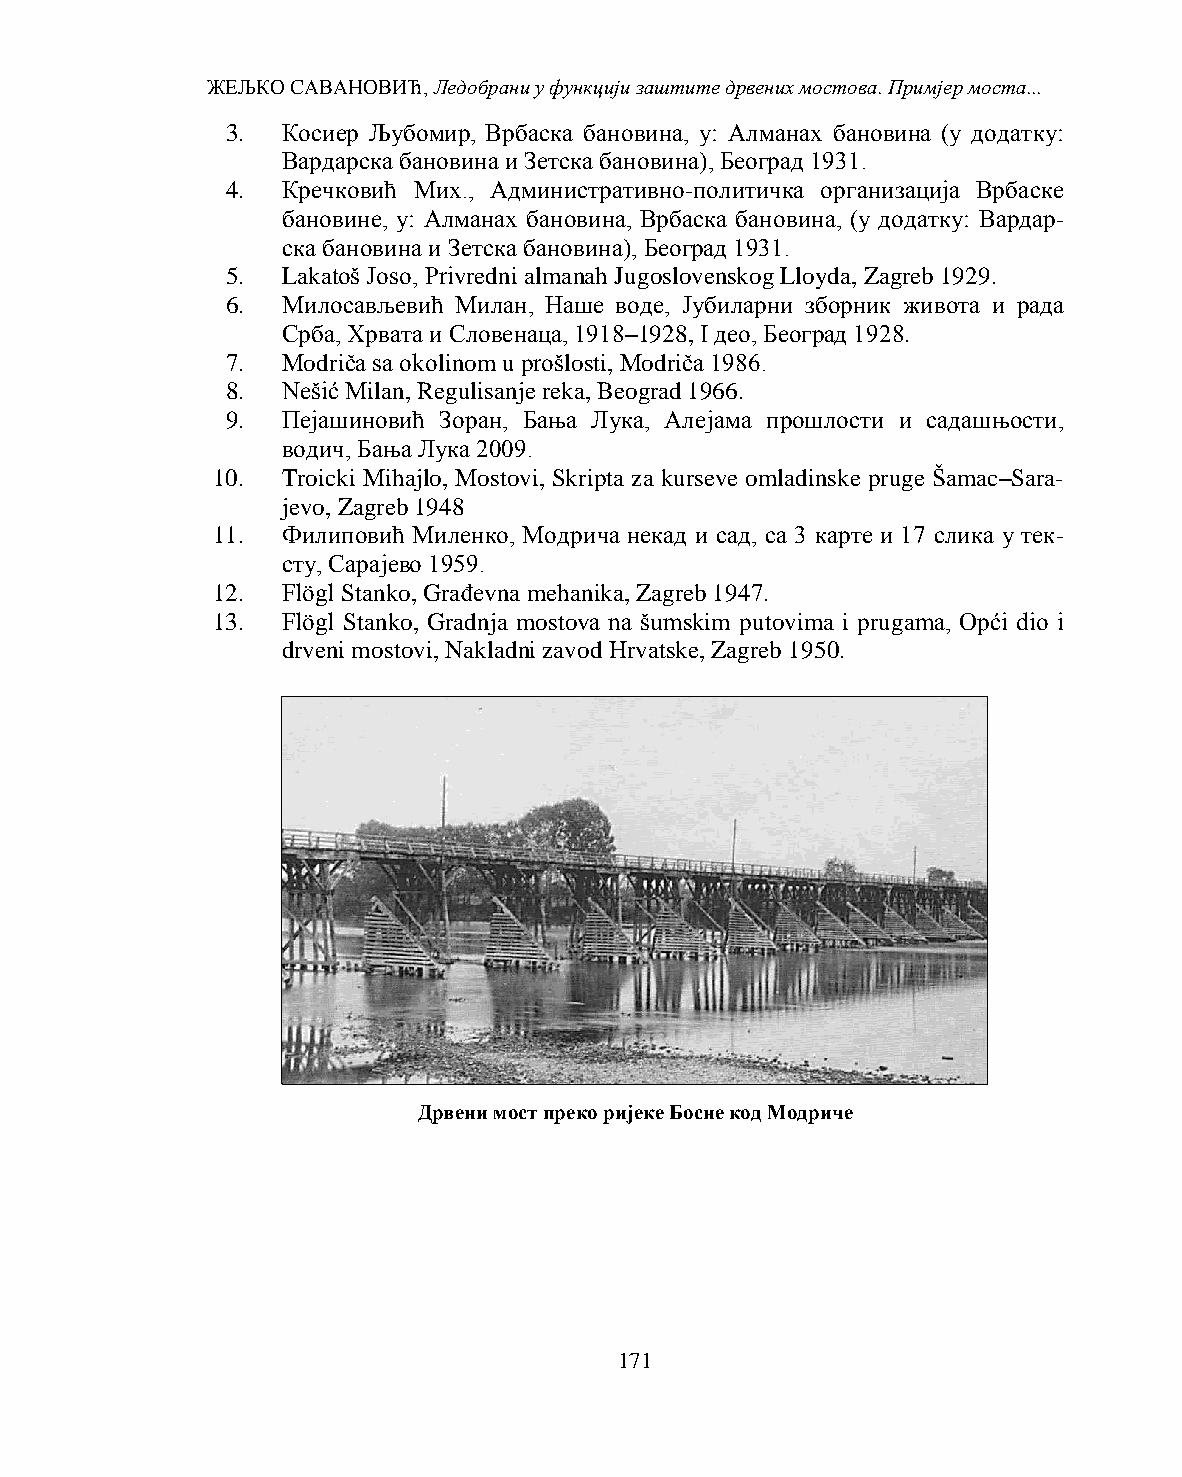
ЖЕЉКО САВАНОВИЋ, Ледобрани у функцији заштите дрвених мостова. Примјер моста...
 3.  Косиер Љубомир, Врбаска бановина, у: Алманах бановина (у додатку:
 Вардарска бановина и Зетска бановина), Београд 1931.
 4.  Кречковић Мих., Административно-политичка организација Врбаске
 бановине, у: Алманах бановина, Врбаска бановина, (у додатку: Вардар-
 ска бановина и Зетска бановина), Београд 1931.
 5.  Lakatoš Joso, Privredni almanah Jugoslovenskog Lloyda, Zagreb 1929.
 6.  Милосављевић Милан, Наше воде, Јубиларни зборник живота и рада
 Срба, Хрвата и Словенаца, 1918–1928, I део, Београд 1928.
 7.  Modriča sa okolinom u prošlosti, Modriča 1986.
 8.  Nešić Мilan, Regulisanje reka, Beograd 1966.
 9.  Пејашиновић Зоран, Бања Лука, Алејама прошлости и садашњости,
 водич, Бања Лука 2009.
 10.  Troicki Mihajlo, Mostovi, Skripta za kurseve omladinske pruge Šamac–Sara-
 jevo, Zagreb 1948
 11.  Филиповић Миленко, Модрича некад и сад, са 3 карте и 17 слика у тек-
 сту, Сарајево 1959.
 12.  Flögl Stanko, Građevna mehanika, Zagreb 1947.
 13.  Flögl Stanko, Gradnja mostova na šumskim putovima i prugama, Opći dio i
 drveni mostovi, Nakladni zavod Hrvatske, Zagreb 1950.
 Дрвени мост преко ријеке Босне код Модриче
 171